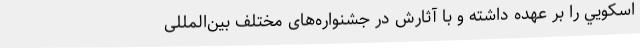
اسكويي را بر عهده داشته و با آثارش در جشنواره‌های مختلف بین‌المللی